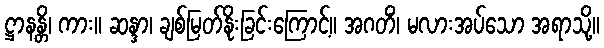
ဋ္ဌာနန္တိ၊ ကား။ ဆန္ဒာ၊ ချစ်မြတ်နိုးခြင်းကြောင့်။ အဂတိံ၊ မလားအပ်သော အရာသို့။